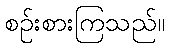
စဉ်းစားကြသည်။